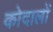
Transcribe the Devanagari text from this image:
कोदालों